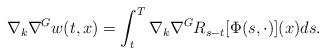
LaTeX: \begin{gather*} \nabla_k \nabla_{}^G w(t, x) = \int_t^T \nabla_k \nabla_{}^G R_{s-t}[ \Phi(s, \cdot)](x) ds. \end{gather*}